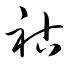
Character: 祜